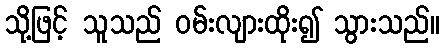
သို့ဖြင့် သူသည် ဝမ်းလျားထိုး၍ သွားသည်။